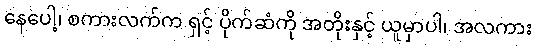
နေပေါ့၊ စကားလက်က ရှင့် ပိုက်ဆံကို အတိုးနှင့် ယူမှာပါ၊ အလကား